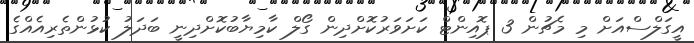
އީގަލްސްއަށް މި މެޗުން 3 ޕޮއިންޓް ކަށަވަރުކޮށްދިން ގޯލް ކާމިޔާބުކޮށްދިނީ ބަދަލު ކުޅުންތެރިއެއްގެ